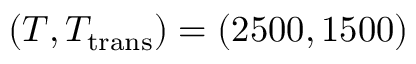
( T , T _ { \mathrm { t r a n s } } ) = ( 2 5 0 0 , 1 5 0 0 )